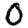
Digit: 0